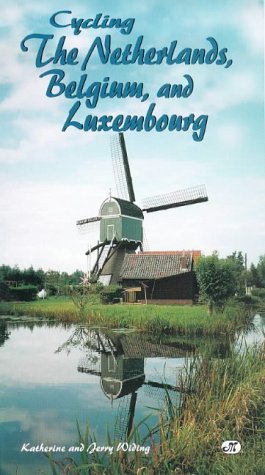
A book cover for Cycling the Netherlands, Belgium, and Luxembourg (Bicycle Books); Katherine Widing; Travel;